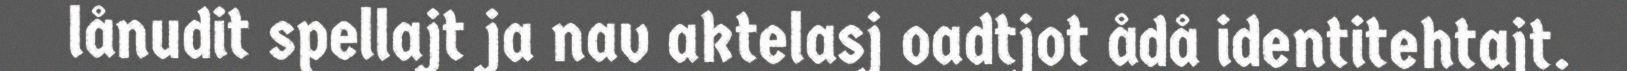
lånudit spellajt ja nav aktelasj oadtjot ådå identitehtajt.